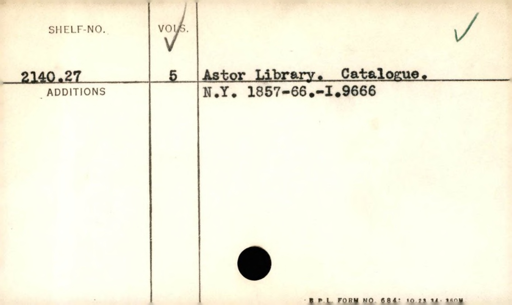
Label: content